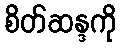
စိတ်ဆန္ဒကို